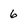
Character: 6